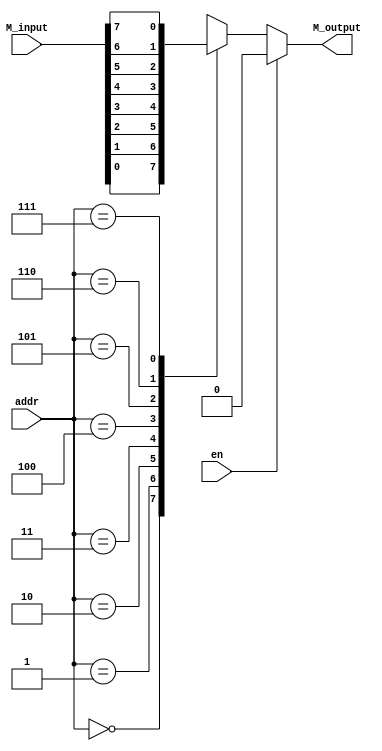
module Mux8(en,addr,M_input,M_output);
input en;
input [2:0] addr;
input [7:0] M_input; //

output reg M_output;

always @*
begin
	if(!en)  //,Mux
		case(addr)
			3'd0: M_output = M_input[0];
			3'd1: M_output = M_input[1];
			3'd2: M_output = M_input[2];
			3'd3: M_output = M_input[3];
			3'd4: M_output = M_input[4];
			3'd5: M_output = M_input[5];
			3'd6: M_output = M_input[6];
			3'd7: M_output = M_input[7];
		endcase
	else
		M_output = 0;
end
endmodule